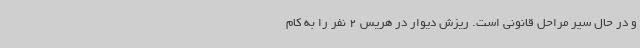
و در حال سیر مراحل قانونی است. ریزش دیوار در هریس 2 نفر را به کام